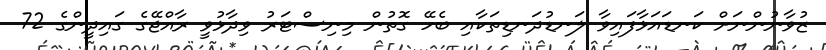
ޒުވާނުންނަށް ކަނޑައަޅާފައިވާ ލަނޑުދަނޑިތަކާއި ބެހޭ ގޮތުން މިނިސްޓަރު ވިދާޅުވީ ރާއްޖޭގެ ގައިދީންގެ 72